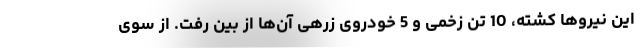
این نیروها کشته، 10 تن زخمی و 5 خودروی زرهی آن‌ها از بین رفت. از سوی